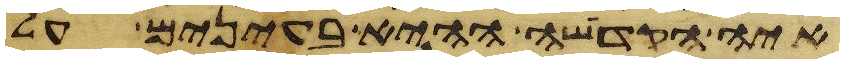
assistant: איה הקדשה ההיא בעינים על